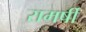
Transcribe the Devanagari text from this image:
रामर्षी